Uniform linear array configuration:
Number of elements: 8
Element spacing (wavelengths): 0.5
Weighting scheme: binomial
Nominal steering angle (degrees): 0
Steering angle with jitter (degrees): -1.167
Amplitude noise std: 0.05
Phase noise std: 0.05

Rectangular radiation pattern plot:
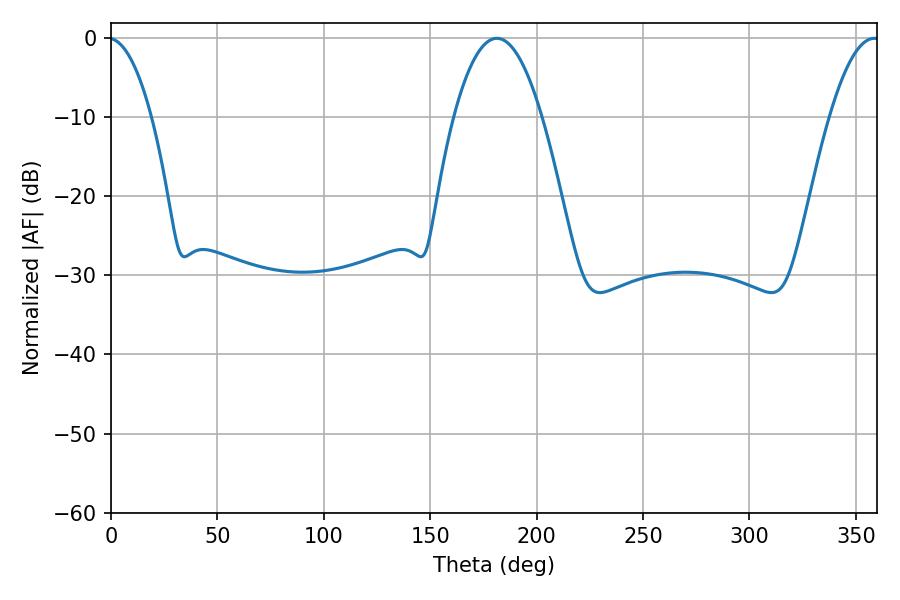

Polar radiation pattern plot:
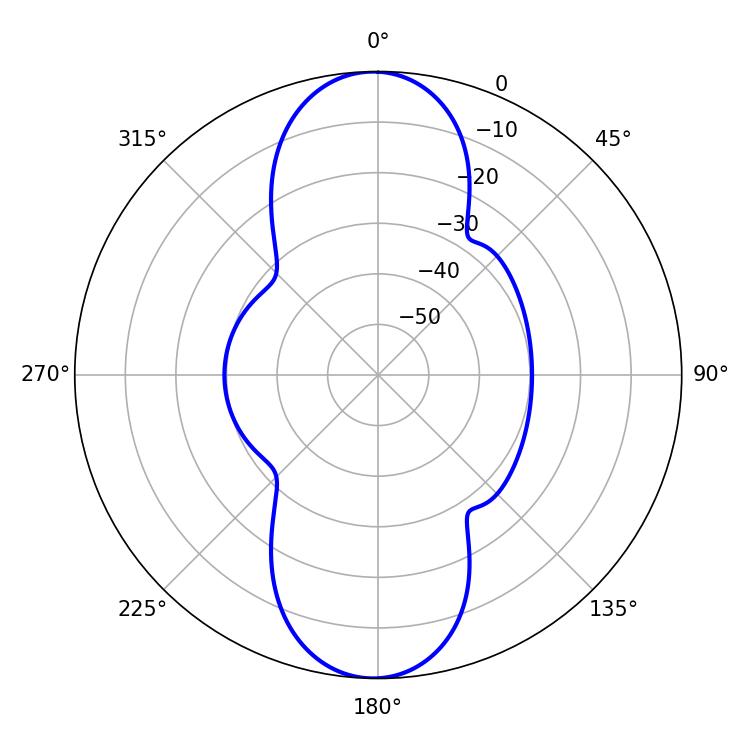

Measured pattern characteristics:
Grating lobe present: FALSE
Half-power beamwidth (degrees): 22.68
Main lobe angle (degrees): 181.26